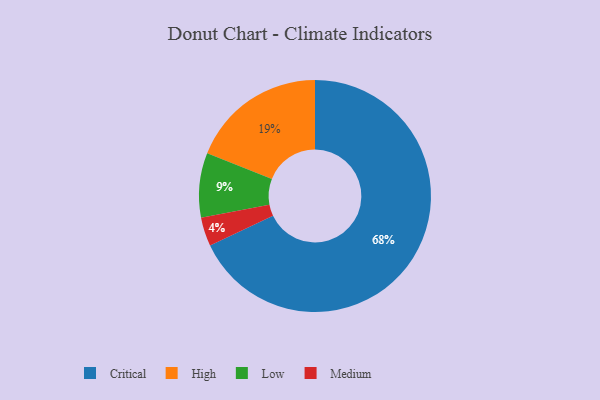
{"axis": {"x": "Category", "y": "Percentage"}, "legend": ["Critical", "High", "Low", "Medium"], "data": [{"x": "High", "y": 19, "type": "High"}, {"x": "Medium", "y": 4, "type": "Medium"}, {"x": "Low", "y": 9, "type": "Low"}, {"x": "Critical", "y": 68, "type": "Critical"}]}